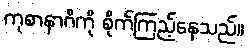
ကုစာနာဂိကို စိုက်ကြည့်နေသည်။